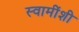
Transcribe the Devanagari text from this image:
स्वामींशी